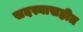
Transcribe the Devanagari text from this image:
सदस्यासहीत